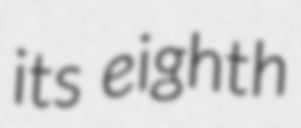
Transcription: its eighth